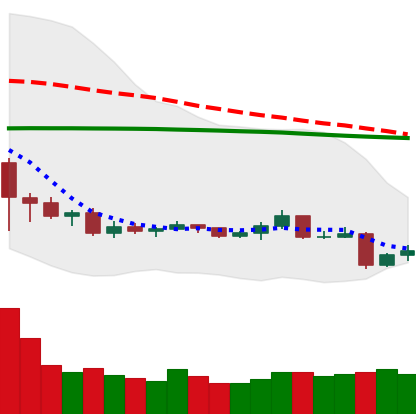
Ticker: TRX-USD
Chart end date: 2019-08-11
Forward return: -18.092%
Label: down_7plus